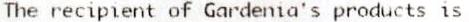
THE RECIPIENT OF GARDENIA'S PRODUCTS IS